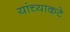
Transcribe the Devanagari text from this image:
यांच्याकटे